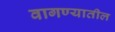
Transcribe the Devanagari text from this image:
वागण्यातील